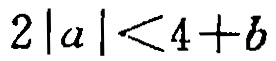
\(2|a|<4 + b\)